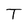
Character: T